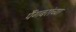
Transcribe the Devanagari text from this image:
पैंगबरांच्या